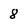
Character: 8